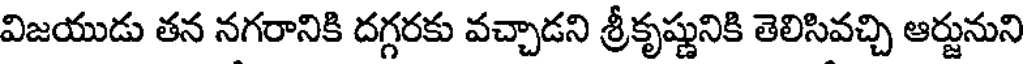
విజయుడు తన నగరానికి దగ్గరకు వచ్చాడని శ్రీకృష్ణునికి తెలిసివచ్చి ఆర్జునుని